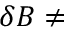
\delta B \neq